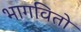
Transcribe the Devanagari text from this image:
भागवितो